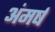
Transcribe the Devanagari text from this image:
अंमर्ष